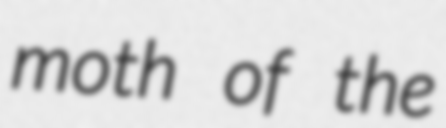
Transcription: moth of the